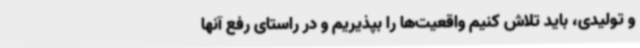
و تولیدی، باید تلاش کنیم واقعیت‌ها را بپذیریم و در راستای رفع آنها